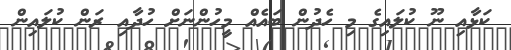
ކަޅާއި ނޫ ކުލައިގެ މި ހެދުން ބައެއް މީހުންނަށް ހުދާއި ރަން ކުލައިން